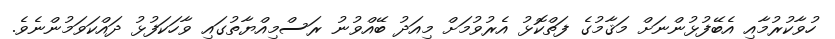
ހުވާކުރުމާއި އެބޭފުޅުންނަށް މަޤާމުގެ ފަތްކޮޅު އެރުވުމަށް މިއަދު ބޭއްވުނު ރަސްމިއްޔާތުގައި ވާހަކަފުޅު ދައްކަވަމުންނެވެ.